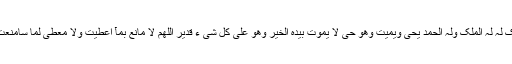
لآ اِلٰہَ اِلآ اللہُ وَحدَہ لاَ شَرِیکَ لَہ لَہُ المُلکُ وَلَہُ الحَمدُ یُحی وَیُمِیتُ وَھُوَ حَیٌ لاَ یَمُوتُ بِیَدہِ الخَیر وَھُوَ عَلٰی کُلِ شَی ءٍ قَدِیرٌ اَللّٰھُمَ لاَ مَانِعَ بِمَآ اَعطَیتَ وَلاَ مُعطِیَ لِمَا سَامَنَعتَ وَلاَ یَنفَعُ ذَالجَدِ مِنکَ الجَدُّ۔